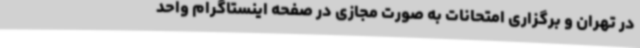
در تهران و برگزاری امتحانات به صورت مجازی در صفحه‌ اینستاگرام واحد